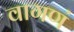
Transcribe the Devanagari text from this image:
वागणं